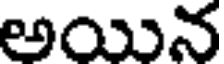
అయిన